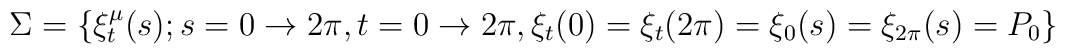
\Sigma = \{\xi_t^\mu(s); s = 0 \rightarrow 2\pi, t = 0 \rightarrow 2\pi,   \xi_t(0) = \xi_t(2\pi) = \xi_0(s) = \xi_{2\pi}(s) = P_0\}